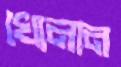
খোলান